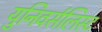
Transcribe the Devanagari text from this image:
युनिवर्सलिस्ट